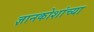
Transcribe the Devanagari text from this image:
ज्ञानकोशांच्या